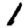
Digit: 1